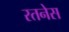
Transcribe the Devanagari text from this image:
रतनेस